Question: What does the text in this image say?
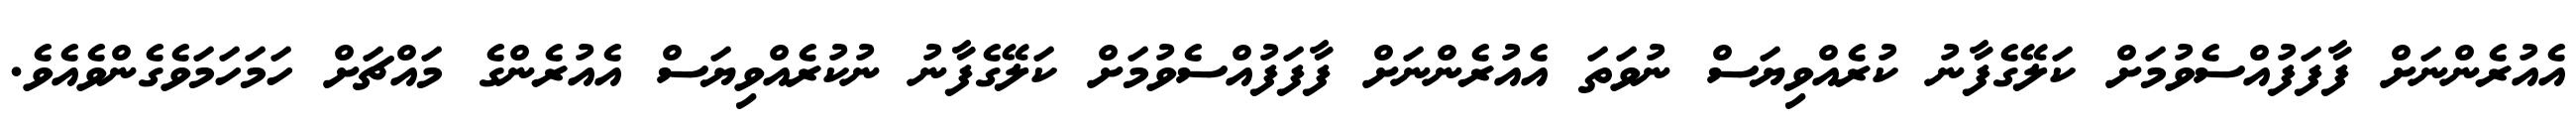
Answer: އެއުރެންނަށް ފާފަފުއްސެވުމަށް ކަލޭގެފާނު ކުރެއްވިޔަސް ނުވަތަ އެއުރެންނަށް ފާފަފުއްސެވުމަށް ކަލޭގެފާނު ނުކުރެއްވިޔަސް އެއުރެންގެ މައްޗަށް ހަމަހަމަވެގެންވެއެވެ.